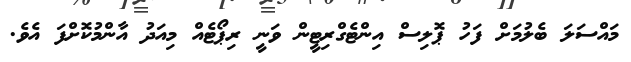
މައްސަލަ ބެލުމަށް ފަހު ޕޮލިސް އިންޓެގްރިޓީން ވަނީ ރިޕޯޓެއް މިއަދު އާންމުކޮށްފަ އެވެ.